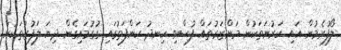
ލޯފުރެމުން އައި ކަރުނަތަކުން މަންޒަރުތައް ފުސްވި ހިނދު ކަންފަތުގައި ގުގުމައިގެން ދިޔަ ލަފުޒުތަކުން